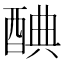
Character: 𨡏